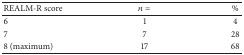
| REALM-R score | n = | % |
 | --- | --- | --- |
 | 6 | 1 | 4 |
 | 7 | 7 | 28 |
 | 8 (maximum) | 17 | 68 |